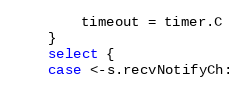
Language: Go
		timeout = timer.C
	}
	select {
	case <-s.recvNotifyCh: